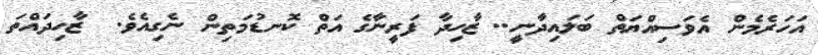
އަހަރެމެން އެވަސިއްޔަތް ބަލައިދާނީ.. ޒާހިދާ ފަރީނާގެ އަތް ކޮނޑުމަތިން ނެގިއެވެ.  ޒާހިދައްތަ